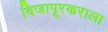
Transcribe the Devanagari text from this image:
विजापूरकराला